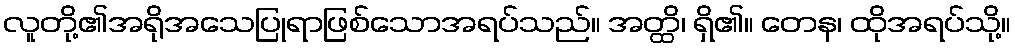
လူတို့၏အရိုအသေပြုရာဖြစ်သောအရပ်သည်။ အတ္ထိ၊ ရှိ၏။ တေန၊ ထိုအရပ်သို့။